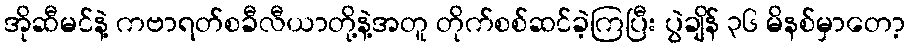
အိုဆီမင်နဲ့ ကဗာရတ်စခီလီယာတို့နဲ့အတူ တိုက်စစ်ဆင်ခဲ့ကြပြီး ပွဲချိန် ၃၆ မိနစ်မှာတော့